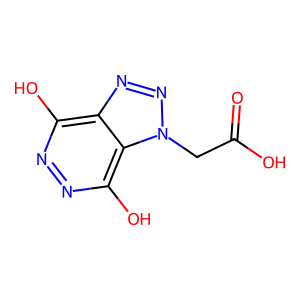
SMILES: O=C(O)Cn1nnc2c(O)nnc(O)c21
Inhibits HIV replication: No